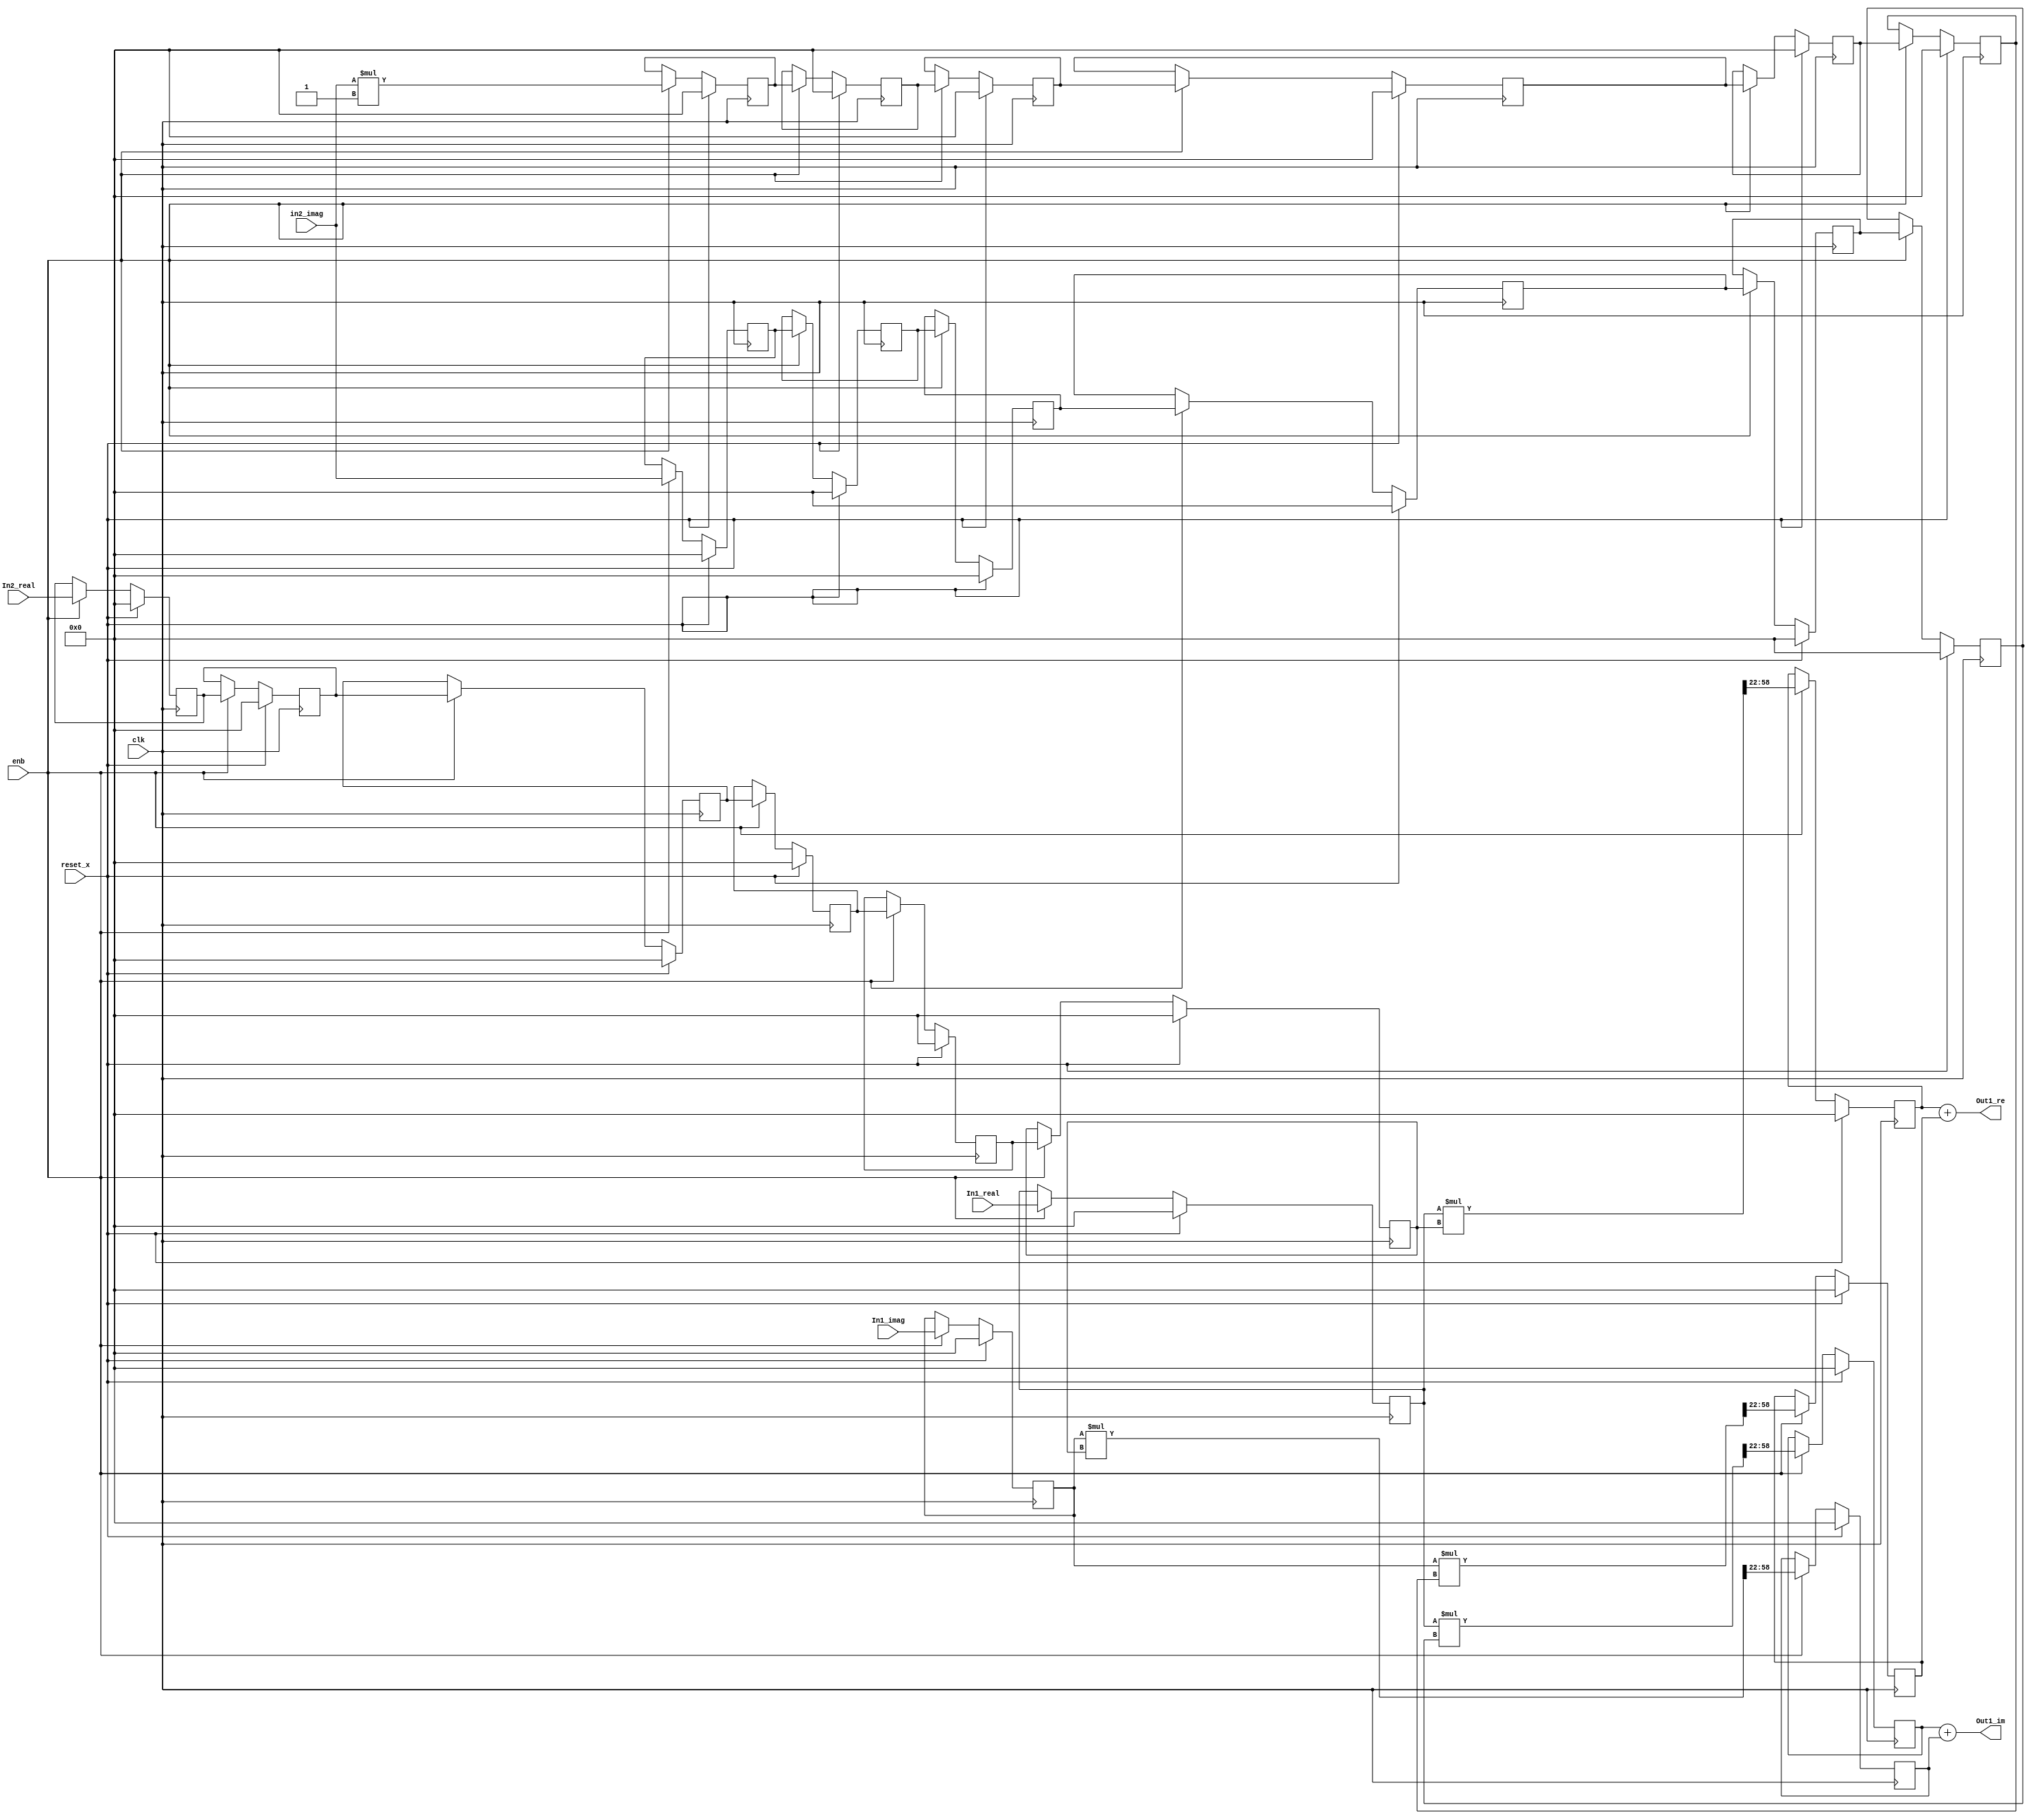
// -------------------------------------------------------------
// 
// 
// Generated by MATLAB 9.8 and HDL Coder 3.16
// 
// -------------------------------------------------------------


// -------------------------------------------------------------
// 
// Module: Complex_multiplication2_block11
// Source Path: newhope_cambios/FDHT/DFT/W50/Complex-multiplication2
// Hierarchy Level: 3
// 
// -------------------------------------------------------------

`timescale 1 ns / 1 ns

module Complex_multiplication2_block11
          (clk,
           reset_x,
           enb,
           In1_real,
           In1_imag,
           In2_real,
           in2_imag,
           Out1_re,
           Out1_im);


  input   clk;
  input   reset_x;
  input   enb;
  input   signed [36:0] In1_real;  // sfix37_En22
  input   signed [36:0] In1_imag;  // sfix37_En22
  input   signed [36:0] In2_real;  // sfix37_En22
  input   signed [36:0] in2_imag;  // sfix37_En22
  output  signed [36:0] Out1_re;  // sfix37_En22
  output  signed [36:0] Out1_im;  // sfix37_En22


  reg signed [36:0] In1_real_1;  // sfix37_En22
  reg signed [36:0] reduced_reg [0:5];  // sfix37 [6]
  wire signed [36:0] reduced_reg_next [0:5];  // sfix37_En22 [6]
  wire signed [36:0] In2_real_1;  // sfix37_En22
  wire signed [73:0] Product_mul_temp;  // sfix74_En44
  wire signed [36:0] Product_out1;  // sfix37_En22
  reg signed [36:0] Product_out1_1;  // sfix37_En22
  reg signed [36:0] In1_imag_1;  // sfix37_En22
  wire signed [1:0] Constant_out1;  // sfix2
  wire signed [38:0] Product4_mul_temp;  // sfix39_En22
  wire signed [36:0] Product4_out1;  // sfix37_En22
  reg signed [36:0] HwModeRegister3_reg [0:5];  // sfix37 [6]
  wire signed [36:0] HwModeRegister3_reg_next [0:5];  // sfix37_En22 [6]
  wire signed [36:0] Product4_out1_1;  // sfix37_En22
  wire signed [73:0] Product1_mul_temp;  // sfix74_En44
  wire signed [36:0] Product1_out1;  // sfix37_En22
  reg signed [36:0] Product1_out1_1;  // sfix37_En22
  wire signed [36:0] Sum_out1;  // sfix37_En22
  reg signed [36:0] HwModeRegister5_reg [0:5];  // sfix37 [6]
  wire signed [36:0] HwModeRegister5_reg_next [0:5];  // sfix37_En22 [6]
  wire signed [36:0] in2_imag_1;  // sfix37_En22
  wire signed [73:0] Product2_mul_temp;  // sfix74_En44
  wire signed [36:0] Product2_out1;  // sfix37_En22
  reg signed [36:0] Product2_out1_1;  // sfix37_En22
  wire signed [73:0] Product3_mul_temp;  // sfix74_En44
  wire signed [36:0] Product3_out1;  // sfix37_En22
  reg signed [36:0] Product3_out1_1;  // sfix37_En22
  wire signed [36:0] Sum1_out1;  // sfix37_En22


  always @(posedge clk)
    begin : reduced_process
      if (reset_x == 1'b1) begin
        In1_real_1 <= 37'sh0000000000;
      end
      else begin
        if (enb) begin
          In1_real_1 <= In1_real;
        end
      end
    end



  always @(posedge clk)
    begin : reduced_1_process
      if (reset_x == 1'b1) begin
        reduced_reg[0] <= 37'sh0000000000;
        reduced_reg[1] <= 37'sh0000000000;
        reduced_reg[2] <= 37'sh0000000000;
        reduced_reg[3] <= 37'sh0000000000;
        reduced_reg[4] <= 37'sh0000000000;
        reduced_reg[5] <= 37'sh0000000000;
      end
      else begin
        if (enb) begin
          reduced_reg[0] <= reduced_reg_next[0];
          reduced_reg[1] <= reduced_reg_next[1];
          reduced_reg[2] <= reduced_reg_next[2];
          reduced_reg[3] <= reduced_reg_next[3];
          reduced_reg[4] <= reduced_reg_next[4];
          reduced_reg[5] <= reduced_reg_next[5];
        end
      end
    end

  assign In2_real_1 = reduced_reg[5];
  assign reduced_reg_next[0] = In2_real;
  assign reduced_reg_next[1] = reduced_reg[0];
  assign reduced_reg_next[2] = reduced_reg[1];
  assign reduced_reg_next[3] = reduced_reg[2];
  assign reduced_reg_next[4] = reduced_reg[3];
  assign reduced_reg_next[5] = reduced_reg[4];



  assign Product_mul_temp = In1_real_1 * In2_real_1;
  assign Product_out1 = Product_mul_temp[58:22];



  always @(posedge clk)
    begin : PipelineRegister_process
      if (reset_x == 1'b1) begin
        Product_out1_1 <= 37'sh0000000000;
      end
      else begin
        if (enb) begin
          Product_out1_1 <= Product_out1;
        end
      end
    end



  always @(posedge clk)
    begin : reduced_2_process
      if (reset_x == 1'b1) begin
        In1_imag_1 <= 37'sh0000000000;
      end
      else begin
        if (enb) begin
          In1_imag_1 <= In1_imag;
        end
      end
    end



  assign Constant_out1 = 2'sb11;



  assign Product4_mul_temp = in2_imag * Constant_out1;
  assign Product4_out1 = Product4_mul_temp[36:0];



  always @(posedge clk)
    begin : HwModeRegister3_process
      if (reset_x == 1'b1) begin
        HwModeRegister3_reg[0] <= 37'sh0000000000;
        HwModeRegister3_reg[1] <= 37'sh0000000000;
        HwModeRegister3_reg[2] <= 37'sh0000000000;
        HwModeRegister3_reg[3] <= 37'sh0000000000;
        HwModeRegister3_reg[4] <= 37'sh0000000000;
        HwModeRegister3_reg[5] <= 37'sh0000000000;
      end
      else begin
        if (enb) begin
          HwModeRegister3_reg[0] <= HwModeRegister3_reg_next[0];
          HwModeRegister3_reg[1] <= HwModeRegister3_reg_next[1];
          HwModeRegister3_reg[2] <= HwModeRegister3_reg_next[2];
          HwModeRegister3_reg[3] <= HwModeRegister3_reg_next[3];
          HwModeRegister3_reg[4] <= HwModeRegister3_reg_next[4];
          HwModeRegister3_reg[5] <= HwModeRegister3_reg_next[5];
        end
      end
    end

  assign Product4_out1_1 = HwModeRegister3_reg[5];
  assign HwModeRegister3_reg_next[0] = Product4_out1;
  assign HwModeRegister3_reg_next[1] = HwModeRegister3_reg[0];
  assign HwModeRegister3_reg_next[2] = HwModeRegister3_reg[1];
  assign HwModeRegister3_reg_next[3] = HwModeRegister3_reg[2];
  assign HwModeRegister3_reg_next[4] = HwModeRegister3_reg[3];
  assign HwModeRegister3_reg_next[5] = HwModeRegister3_reg[4];



  assign Product1_mul_temp = In1_imag_1 * Product4_out1_1;
  assign Product1_out1 = Product1_mul_temp[58:22];



  always @(posedge clk)
    begin : PipelineRegister1_process
      if (reset_x == 1'b1) begin
        Product1_out1_1 <= 37'sh0000000000;
      end
      else begin
        if (enb) begin
          Product1_out1_1 <= Product1_out1;
        end
      end
    end



  assign Sum_out1 = Product_out1_1 + Product1_out1_1;



  assign Out1_re = Sum_out1;

  always @(posedge clk)
    begin : HwModeRegister5_process
      if (reset_x == 1'b1) begin
        HwModeRegister5_reg[0] <= 37'sh0000000000;
        HwModeRegister5_reg[1] <= 37'sh0000000000;
        HwModeRegister5_reg[2] <= 37'sh0000000000;
        HwModeRegister5_reg[3] <= 37'sh0000000000;
        HwModeRegister5_reg[4] <= 37'sh0000000000;
        HwModeRegister5_reg[5] <= 37'sh0000000000;
      end
      else begin
        if (enb) begin
          HwModeRegister5_reg[0] <= HwModeRegister5_reg_next[0];
          HwModeRegister5_reg[1] <= HwModeRegister5_reg_next[1];
          HwModeRegister5_reg[2] <= HwModeRegister5_reg_next[2];
          HwModeRegister5_reg[3] <= HwModeRegister5_reg_next[3];
          HwModeRegister5_reg[4] <= HwModeRegister5_reg_next[4];
          HwModeRegister5_reg[5] <= HwModeRegister5_reg_next[5];
        end
      end
    end

  assign in2_imag_1 = HwModeRegister5_reg[5];
  assign HwModeRegister5_reg_next[0] = in2_imag;
  assign HwModeRegister5_reg_next[1] = HwModeRegister5_reg[0];
  assign HwModeRegister5_reg_next[2] = HwModeRegister5_reg[1];
  assign HwModeRegister5_reg_next[3] = HwModeRegister5_reg[2];
  assign HwModeRegister5_reg_next[4] = HwModeRegister5_reg[3];
  assign HwModeRegister5_reg_next[5] = HwModeRegister5_reg[4];



  assign Product2_mul_temp = In1_real_1 * in2_imag_1;
  assign Product2_out1 = Product2_mul_temp[58:22];



  always @(posedge clk)
    begin : PipelineRegister2_process
      if (reset_x == 1'b1) begin
        Product2_out1_1 <= 37'sh0000000000;
      end
      else begin
        if (enb) begin
          Product2_out1_1 <= Product2_out1;
        end
      end
    end



  assign Product3_mul_temp = In1_imag_1 * In2_real_1;
  assign Product3_out1 = Product3_mul_temp[58:22];



  always @(posedge clk)
    begin : PipelineRegister3_process
      if (reset_x == 1'b1) begin
        Product3_out1_1 <= 37'sh0000000000;
      end
      else begin
        if (enb) begin
          Product3_out1_1 <= Product3_out1;
        end
      end
    end



  assign Sum1_out1 = Product2_out1_1 + Product3_out1_1;



  assign Out1_im = Sum1_out1;

endmodule  // Complex_multiplication2_block11